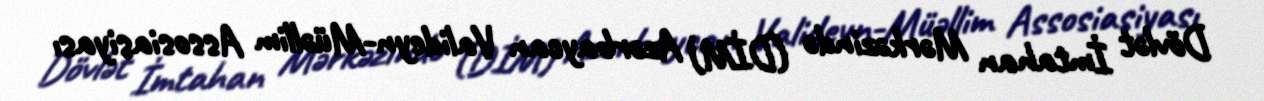
Dövlət İmtahan Mərkəzində (DİM) Azərbaycan Valideyn-Müəllim Assosiasiyası